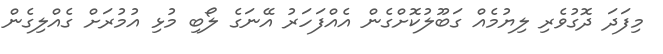
މިފަދަ ދޮގުވެރި ލިޔުމެއް ގަބޫލުކޮށްގެން އެއްފަހަރު އޭނަގެ ލޯބި މުޅި އުމުރަށް ގެއްލިގެން